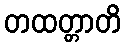
တထတ္တာတိ